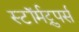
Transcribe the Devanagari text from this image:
स्टॉर्मट्रुपर्स